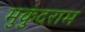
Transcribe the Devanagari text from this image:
मुकुंदराम